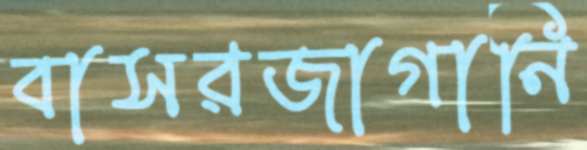
বাসরজাগানি